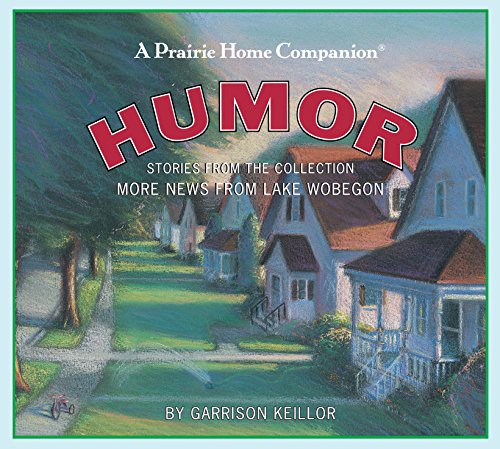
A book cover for Humor: Stories from the Collection More News from Lake Wobegon; Garrison Keillor; Humor & Entertainment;